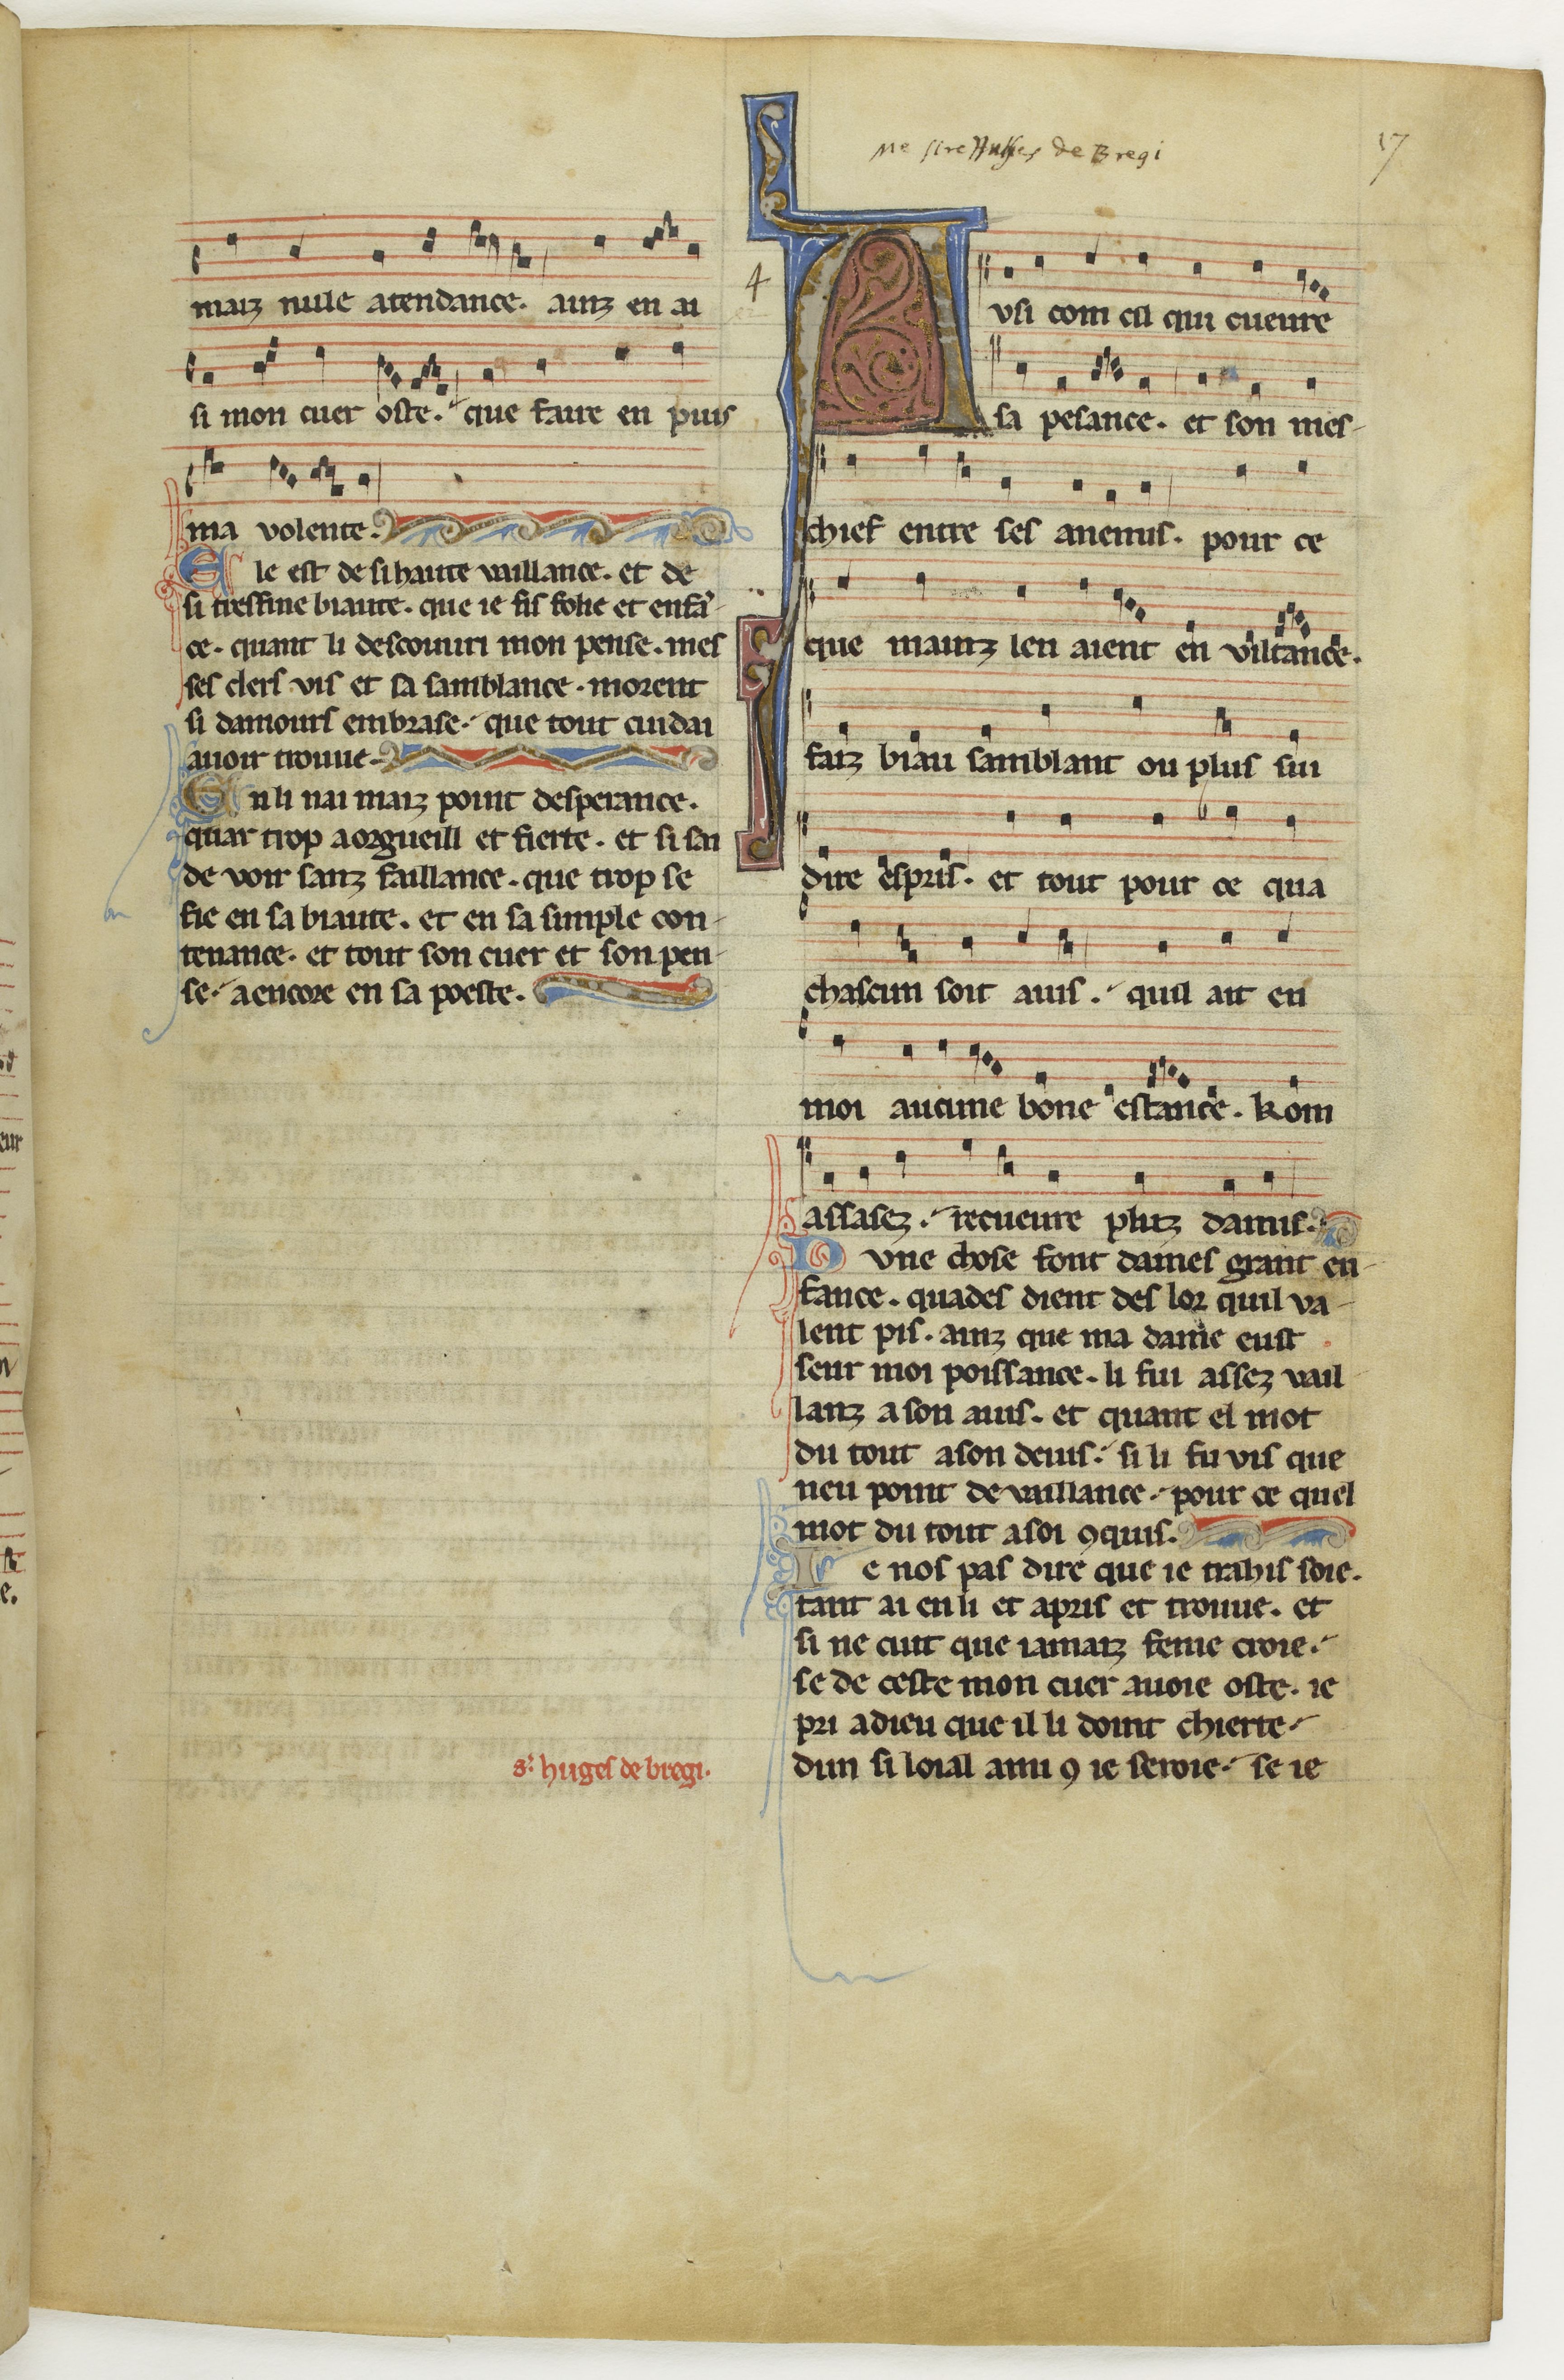
Shelfmark: Paris, BnF, fr. 844
Century: 13